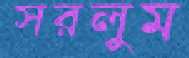
সরলুম